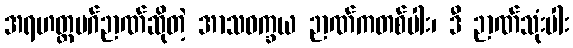
အရဟတ္တမဂ်ဉာဏ်ဆိုတဲ့ အာသဝက္ခယ ဉာဏ်ကတစ်ပါး၊ ဒီ ဉာဏ်သုံးပါး